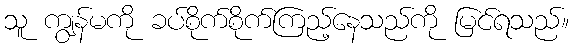
သူ ကျွန်မကို ခပ်စိုက်စိုက်ကြည့်နေသည်ကို မြင်ရသည်။